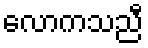
လောကသညီ